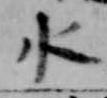
水